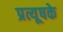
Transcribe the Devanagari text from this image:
प्रत्यूषके